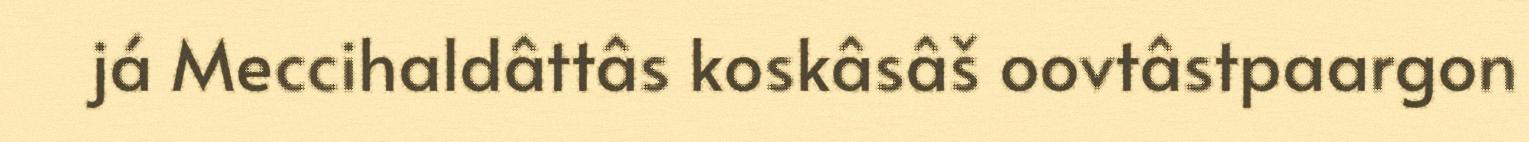
já Meccihaldâttâs koskâsâš oovtâstpaargon